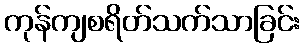
ကုန်ကျစရိတ်သက်သာခြင်း